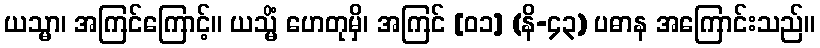
ယသ္မာ၊ အကြင်ကြောင့်။ ယသ္မိံ ဟေတုမှိ၊ အကြင် [၀၁] (နိ-၄၃) ပဓာန အကြောင်းသည်။